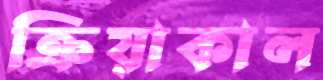
ক্রিয়াকাল